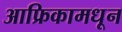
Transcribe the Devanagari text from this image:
आफ्रिकामधून